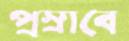
প্রস্রাবে